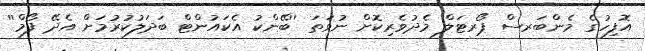
އޮފިހުގެ މެންބަރސް ޕޯރޓަލް މެދުވެރިކޮށް ނުވަތަ ''ބޭންކު އެކައުންޓް ބަދަލުކުރުމަށް އެދޭ ފޯމް''